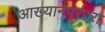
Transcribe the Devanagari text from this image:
आख्यानपरंपरा